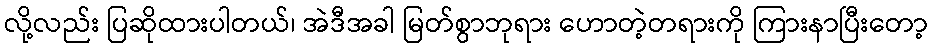
လို့လည်း ပြဆိုထားပါတယ်၊ အဲဒီအခါ မြတ်စွာဘုရား ဟောတဲ့တရားကို ကြားနာပြီးတော့